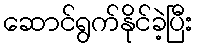
ဆောင်ရွက်နိုင်ခဲ့ပြီး